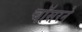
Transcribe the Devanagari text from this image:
चॉसरने